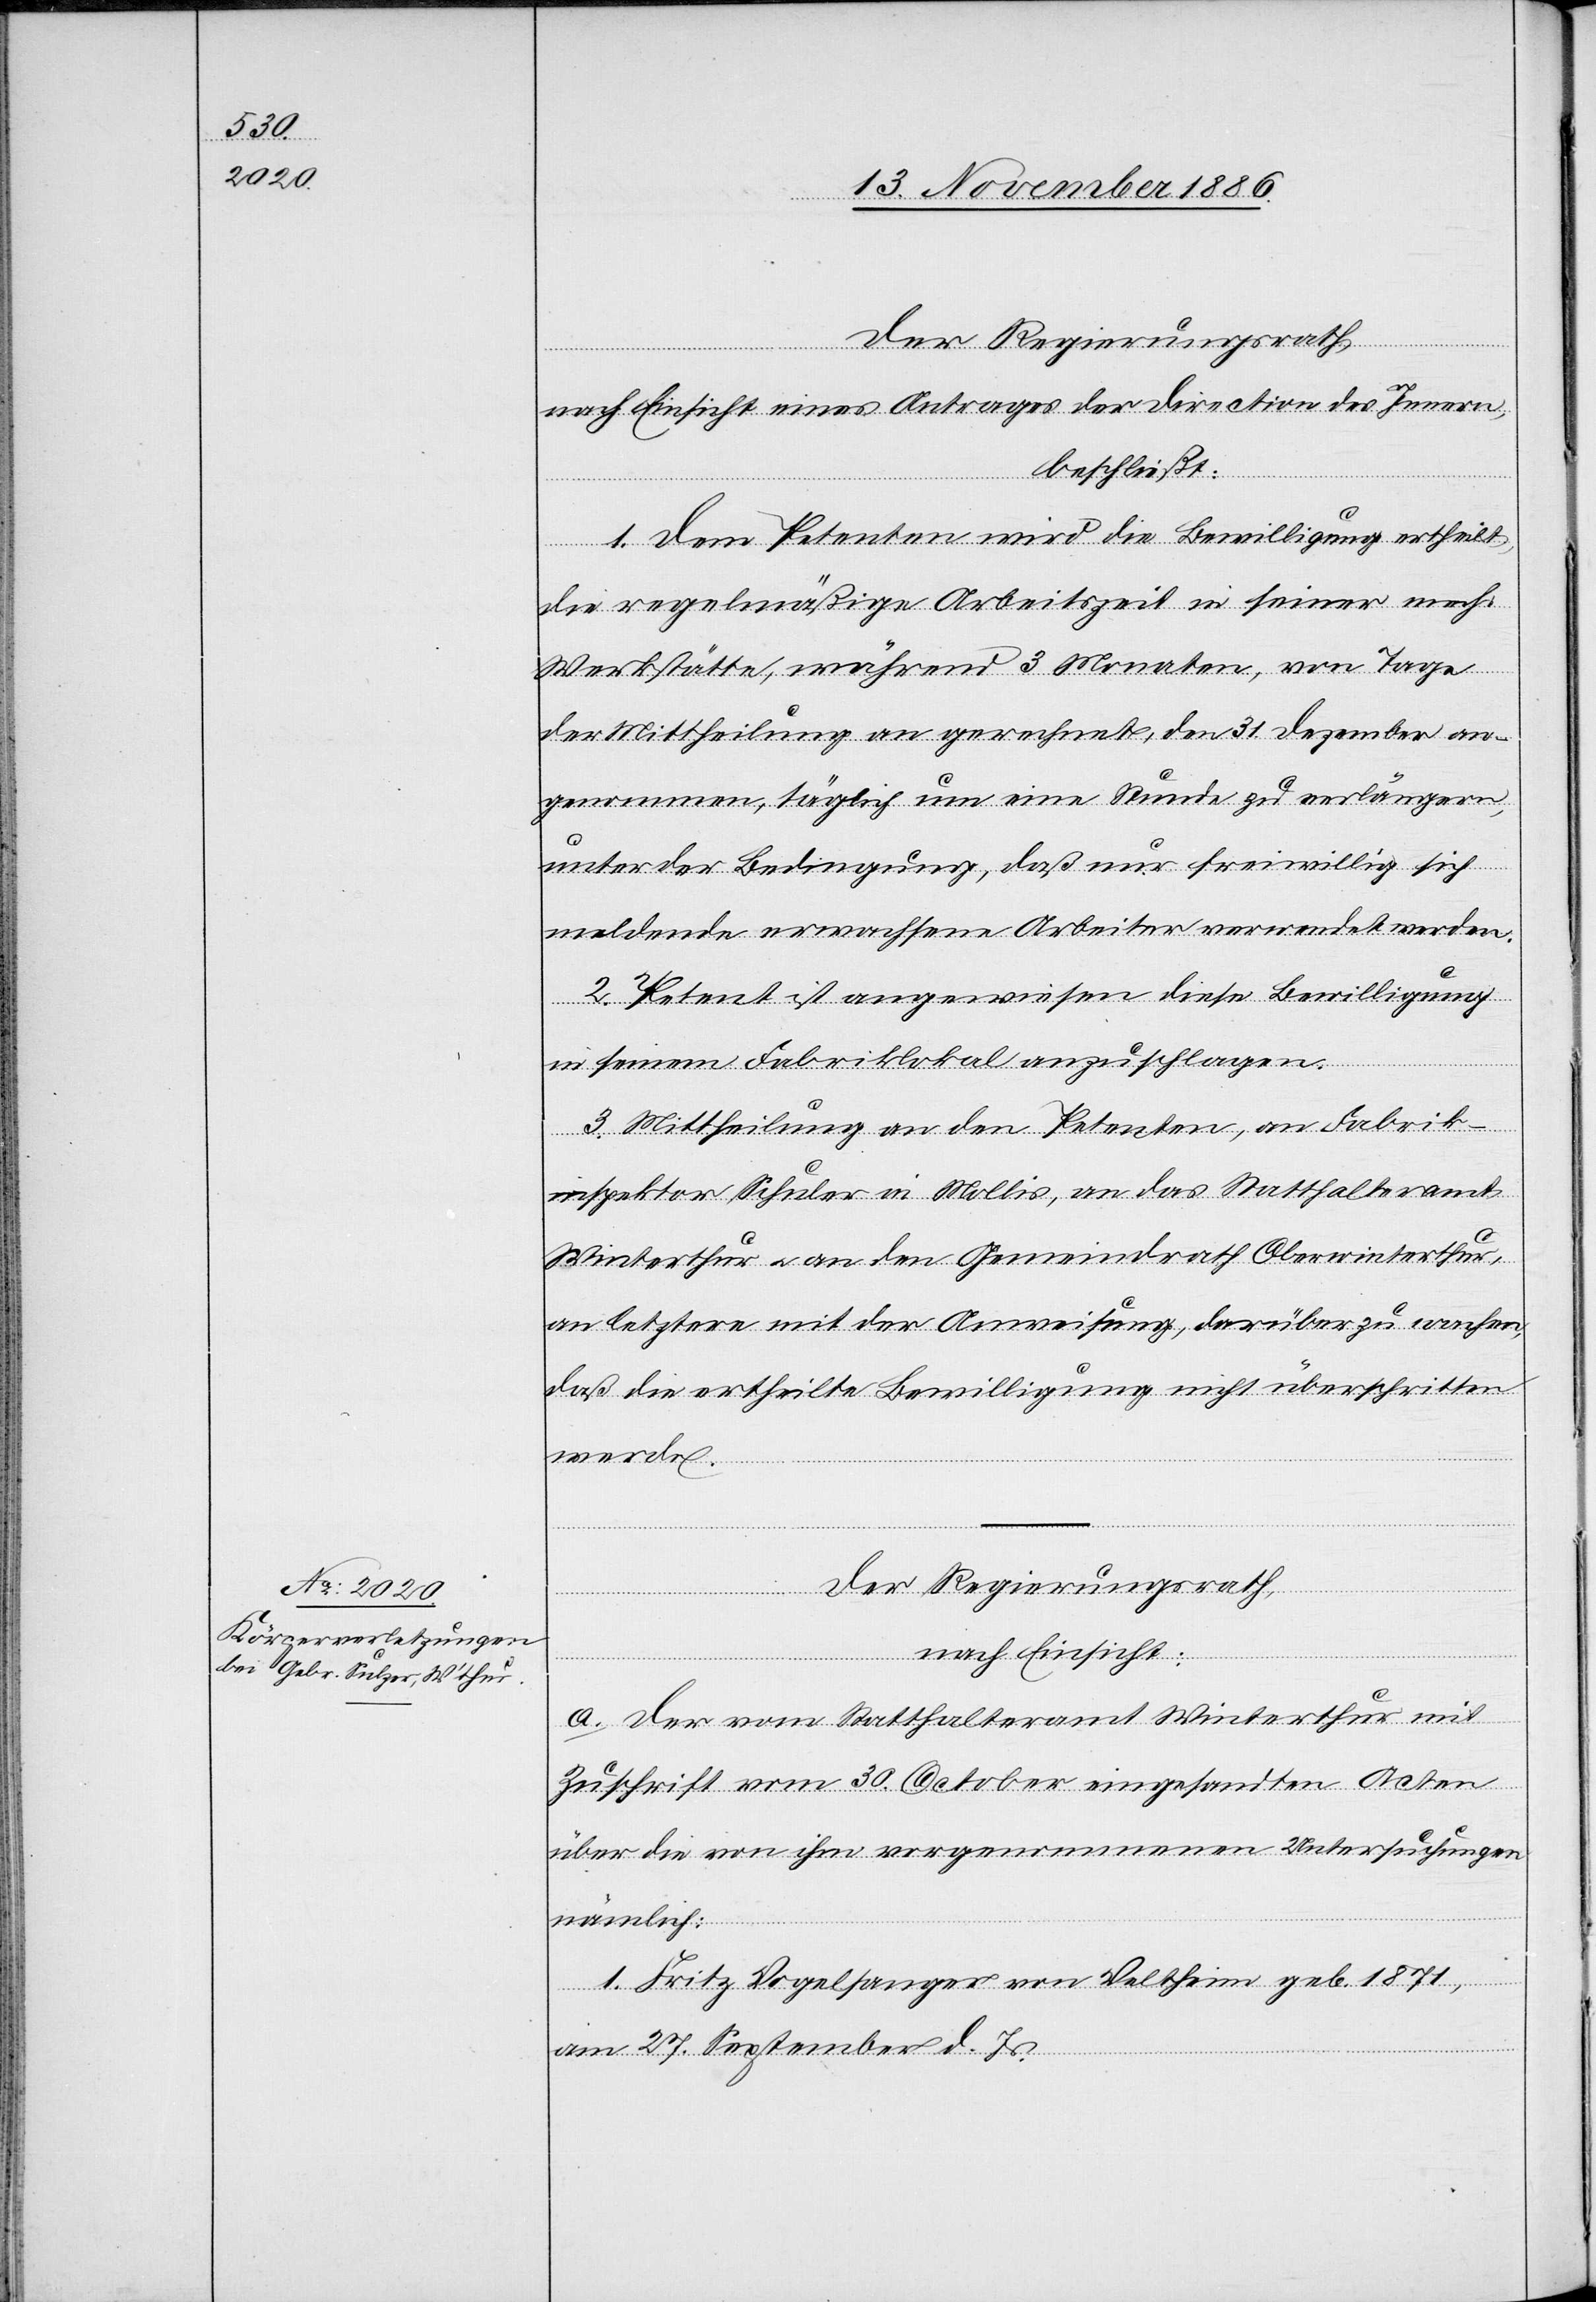
Der Regierungsrath,
nach Einsicht eines Antrages der Direction des Innern,
beschließt:
1. Dem Petenten wird die Bewilligung ertheilt,
die regelmäßige Arbeitszeit in seiner mech.
Werkstätte, während 3 Monate, von
der Mittheilung an gerechnet, den 31. Dezember an¬
genommen], täglich um eine Stunde zu verlängern,
unter der Bedingung, daß nur freiwillig sich
meldende erwachsene Arbeiter verwendet werden.
2. Petent ist angewiesen diese Bewilligung
in seinem Fabriklokal anzuschlagen.
3. Mittheilung an den Petenten, an Fabrik¬
inspektor Schuler in Mollis, an das Statthalteramt
Winterthur & an den Gemeindrath Oberwinterthur,
an letztere mit der Anweisung, darüber zu wachen,
daß die ertheilte Bewilligung nicht überschritten
werde.
Der Regierungsrath,
[recte:
nach Einsicht:
a. der vom Statthalteramt Winterthur mit
Zuschrift vom 30. October eingesandten Acten
über die von ihm vorgenommenen Untersuchungen
nämlich:
1. Fritz Vogelsanger von Veltheim geb. 1874,
aus¬
am 27. September d. Js.